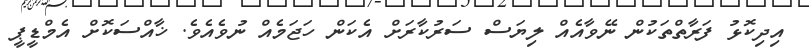
އިދިކޮޅު ފަރާތްތަކުން ނޭވާއެއް ލިޔަސް ސަރުކާރަށް އެކަން ހަޖަމެއް ނުވެއެވެ. ޚާއްސަކޮށް އެމްޑީޕީ